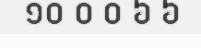
១០ ០ ០ ៦ ៦